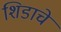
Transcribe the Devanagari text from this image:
शिडाचे